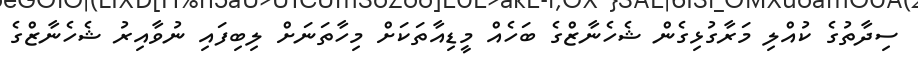
ސިދާތުގެ ކުއްލި މަރާގުޅިގެން ޝެހެނާޒްގެ ބަހެއް މީޑިއާތަކަށް މިހާތަނަށް ލިބިފައި ނުވާއިރު ޝެހެނާޒްގެ